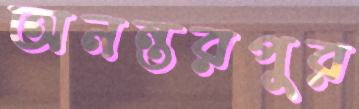
অনন্তরপুর